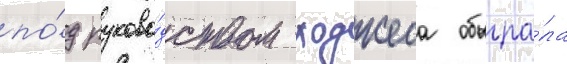
по́д руково́дством ходжеса обыгра́ла